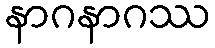
နာဂနာဂဿ